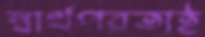
স্বার্থপরতাই